Lunatic asylums Madras 1892-1911 - 1892-1911
Year: 1892
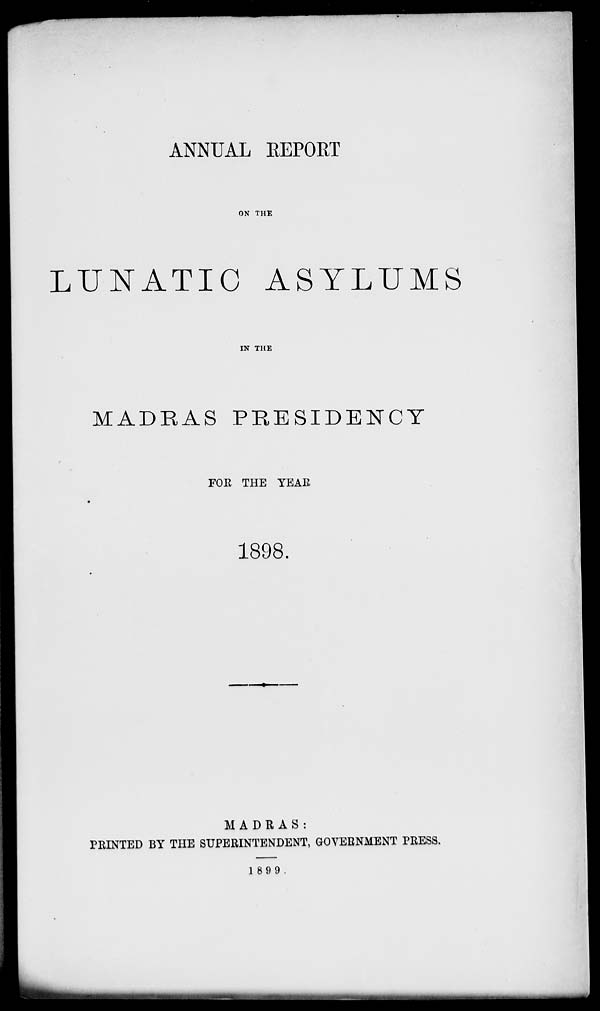
ANNUAL EEPORT
ON THE
LUNATIC ASYLUMS
IN THE
MADRAS PRESIDENCY
FOR THE YEAR
1898.
MADRAS:
PRINTED BY THE SUPERINTENDENT, GOVERNMENT PRESS.
1899